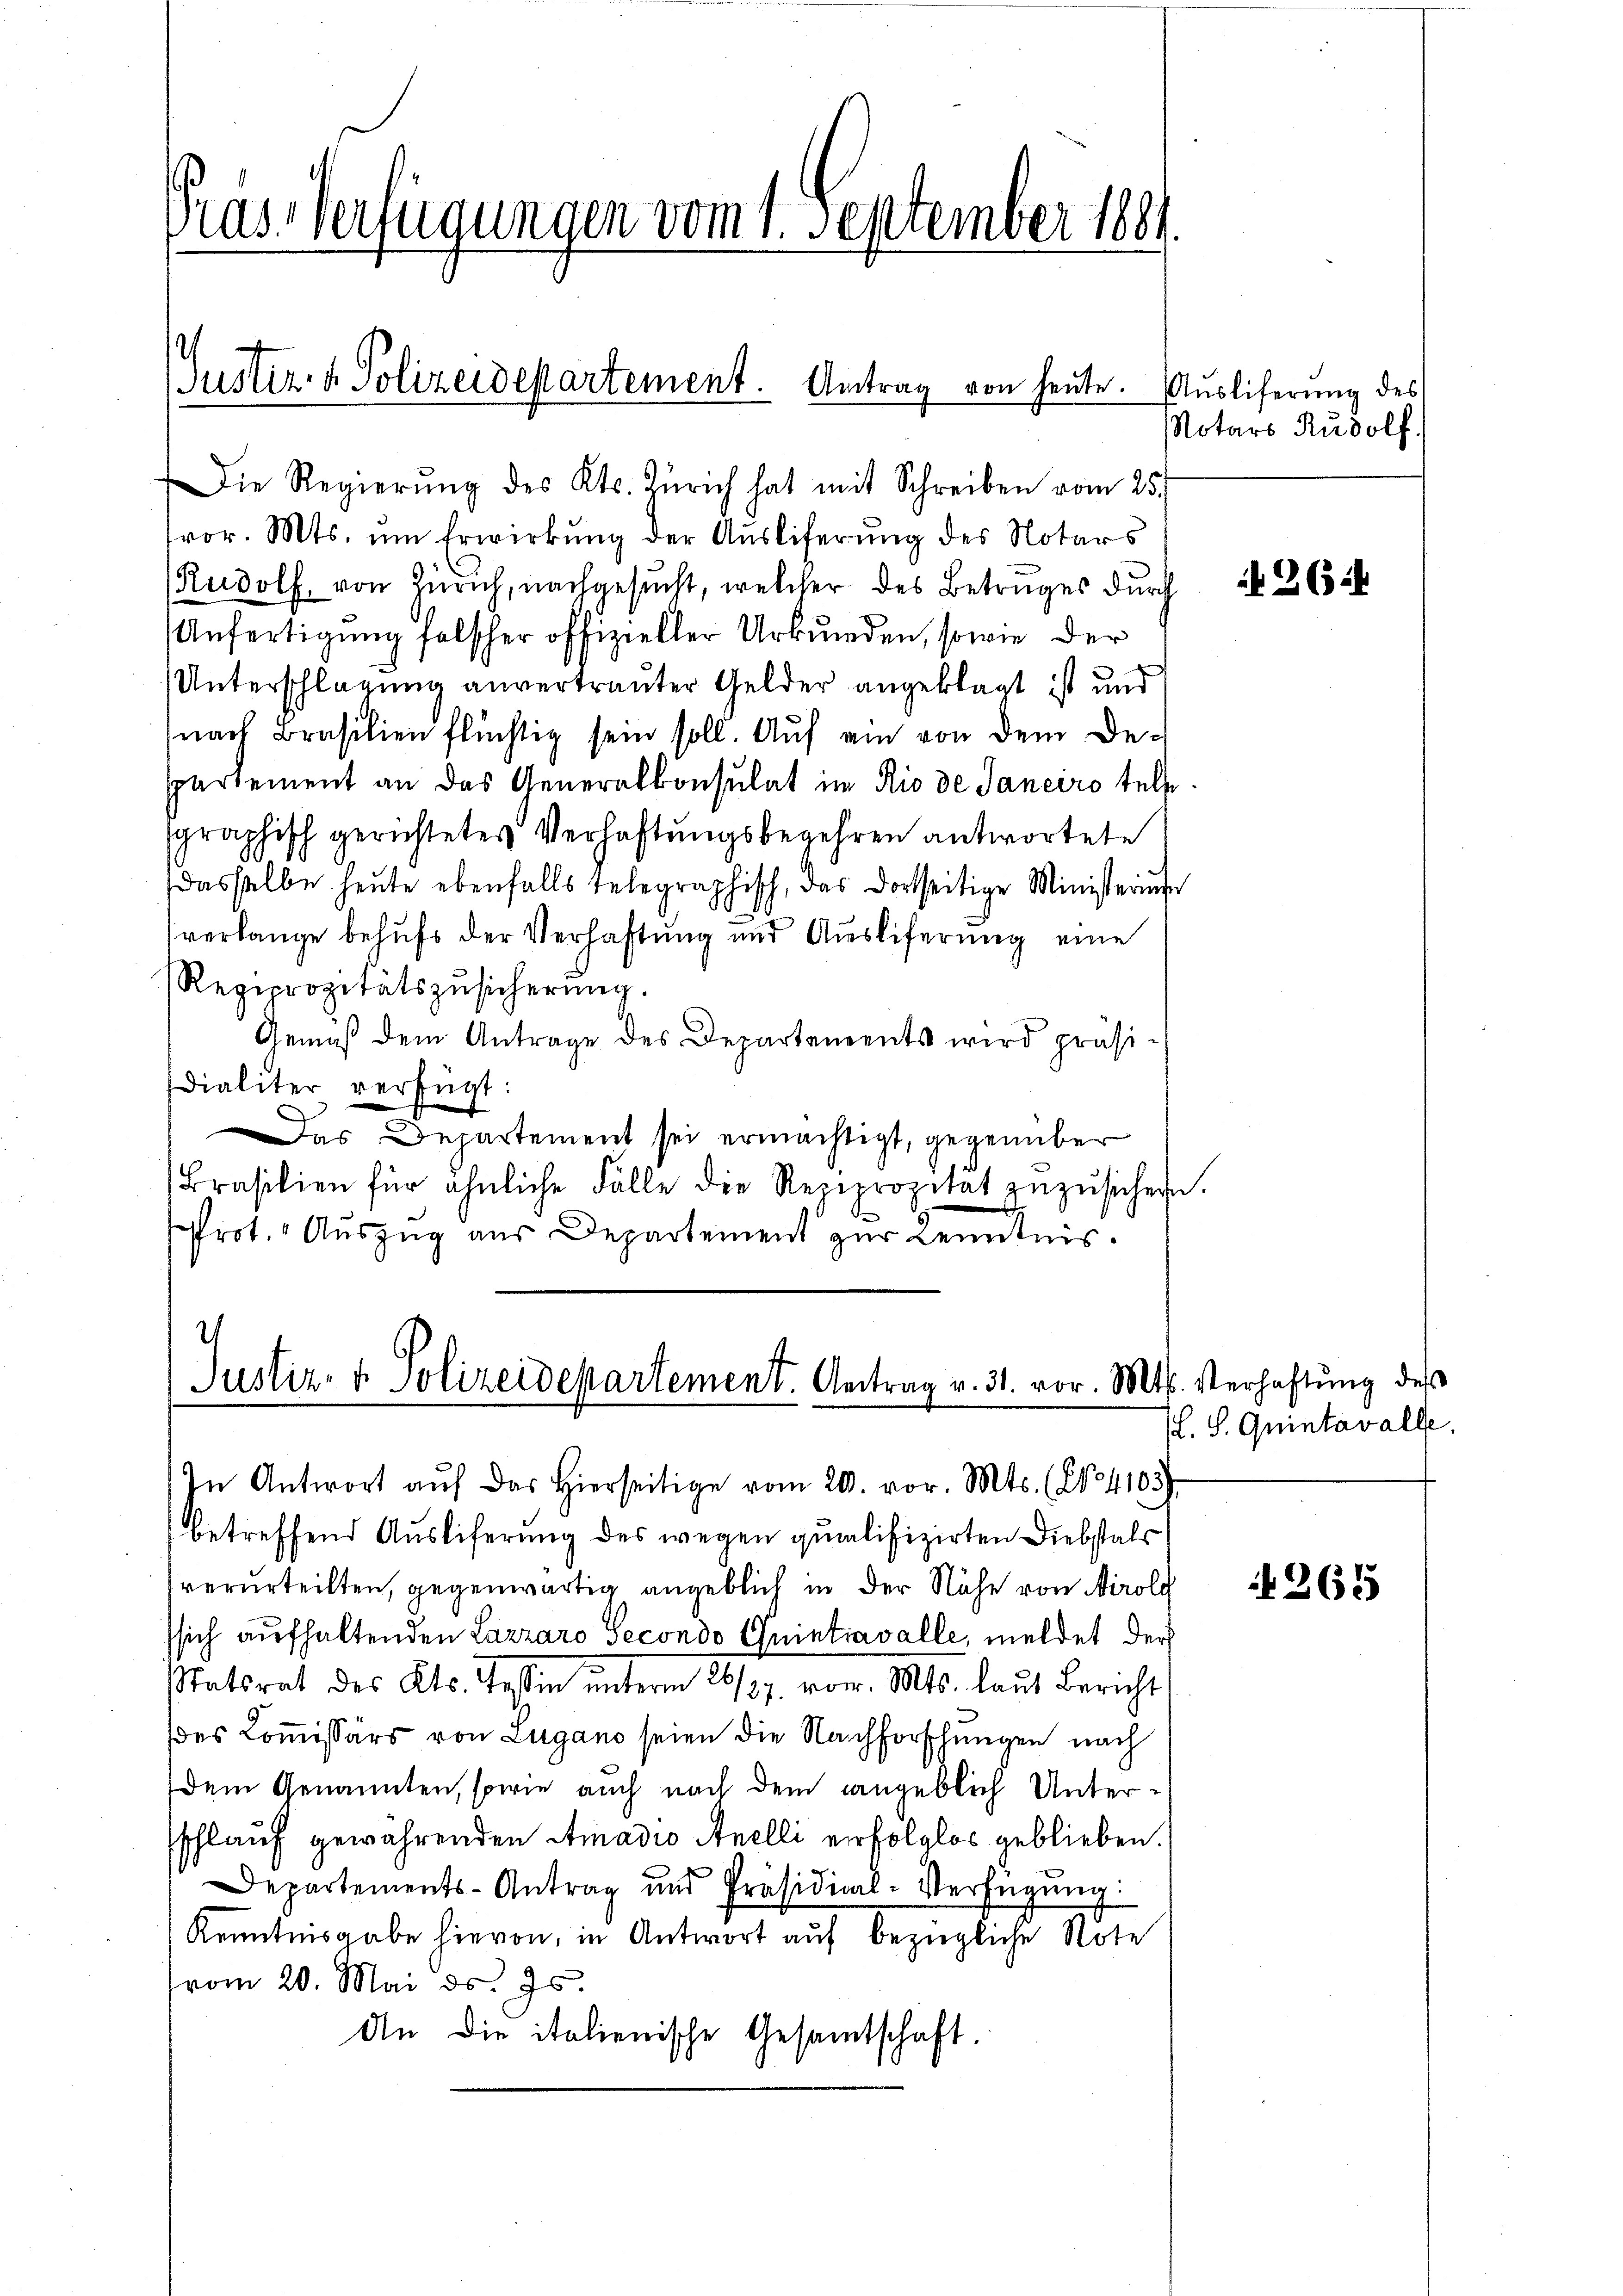
Pras Verfügungen vom 1. September 1884

Justiz- & Polizeidepartement. Antrag von heute.

)
Justiz- & Polizeidepartement. Antrag v. 31. vor. Mts. Verhaftŭng des
In Antwort aŭf das hierseitige vom 20. vor. Mts. (N. 41037.

Die Regierŭng des Kts. Zürich hat mit Schreiben vom 25.
vor. Mts. um Erwirkŭng der Ausliferung des Notars
Rudolf von Zürich, nachgesucht, welcher des Betruges durch
Anfertigung falscher offizieller Urkunden, sowie der
Unterschlagung anvertrauter Gelder angeklagt ist und
(nach Brasilien flüchtig sein soll. Auf ein von dem De-
spartement an das Generalkonsulat im Rio de Janeiro tele
sgraphisch gerichtetes Verhaftungsbegehren antwortete
dasselbe heŭte ebenfalls telegraphisch, das dortseitige Ministerium
verlange behufs der Verhaftung und Ausliferung eine
Reciprozitätszŭsicherŭng.
Gemäß dem Antrage des Departements wird präsidialiter verfügt:
Das Departement sei ermächtigt, gegenüber
Brasilien für ähnliche Fälle die Reziprozität zŭzŭsichen.
srot. Auszug aus Departement zur Kenntnis.

Ausliferung des
Notars Rudolf.

betreffend Ausliferung des wegen qualifizirten Diebstals
verurteilten, gegenwärtig angeblich in der Nähe von Airolg
ssich aufhaltenden Lazzaro Secondo Quintiavalle, meldet der
Statsrat des Kts. Tessin unterm 26/27. vor. Mts. laut Bericht
des Commissärs von Lugano seien die Nachforschungen nach
dem Genannten, sowie auch nach dem angeblich Unterschlauf gewährenden Amadio Anelli erfolglos geblieben.
Departements-Antrag und Präsidial-Verfügŭng.
Kenntnisgabe hievon, in Antwort auf bezügliche Note
(vom 20. Mai d. 25.
An die italienische Gesamtschaft.

if. 26

L. S. Quintavalle.

265